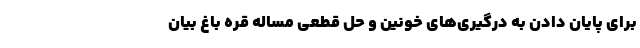
برای پایان دادن به درگیری‌های خونین و حل قطعی مساله قره باغ بیان